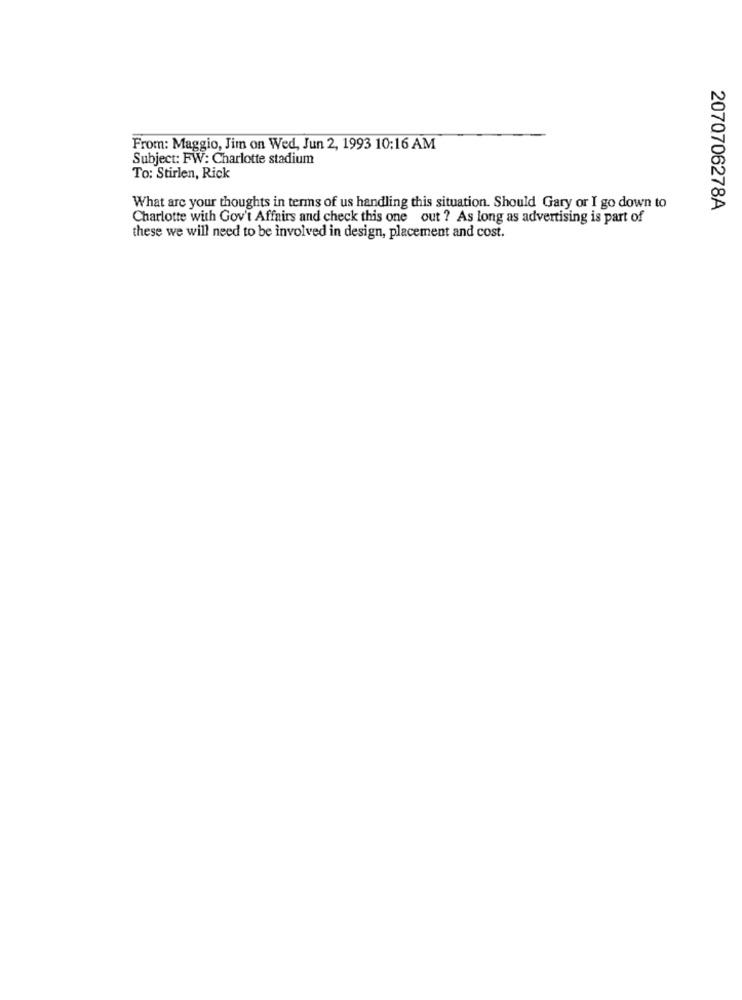
From: Maggio, Jim on Wed, Jun 2, 1993 10:16 AM
Subject: FW: Charlotte stadium
To: Stirlen, Rick
What are your thoughts in terms of us handling this situation. Should Gary or I go down to
2070706278A
Charlotte with Gov't Affairs and check this one out ? As long as advertising is part of
these we will need to be involved in design, placement and cost.